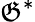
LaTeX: \mathfrak{G}^{*}